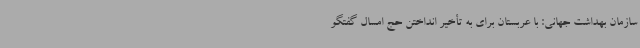
سازمان بهداشت جهانی: با عربستان برای به تأخیر انداختن حج امسال گفتگو